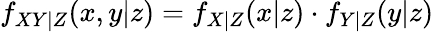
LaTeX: f_{XY|Z}(x,y|z)=f_{X|Z}(x|z)\cdot f_{Y|Z}(y|z)